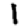
Digit: 1